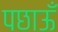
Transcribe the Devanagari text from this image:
पछाऊँ